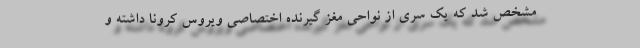
مشخص شد که یک سری از نواحی مغز گیرنده اختصاصی ویروس کرونا داشته و